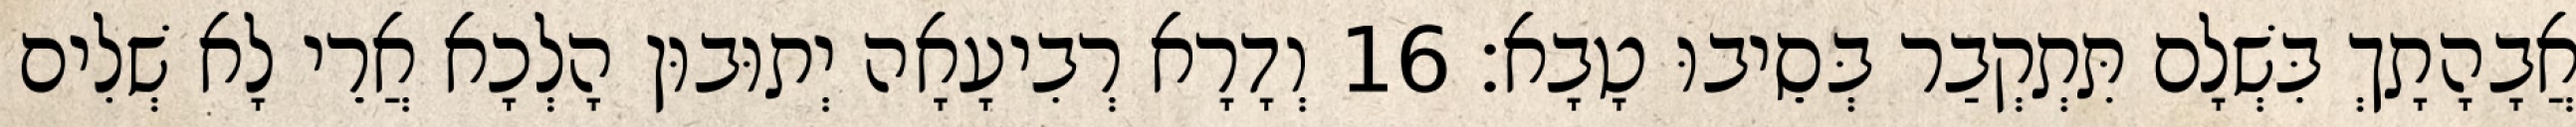
אֲבָהָתָךְ בִּשְׁלָם תִּתְקְבַר בְּסֵיבוּ טָבָא׃ 16 וְדָרָא רְבִיעָאָה יְתוּבוּן הָלְכָא אֲרֵי לָא שְׁלִים